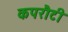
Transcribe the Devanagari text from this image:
कपरौटी